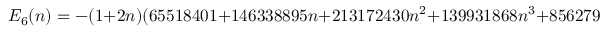
E _ { 6 } ( n ) = - ( 1 + 2 n ) ( 6 5 5 1 8 4 0 1 + 1 4 6 3 3 8 8 9 5 n + 2 1 3 1 7 2 4 3 0 n ^ { 2 } + 1 3 9 9 3 1 8 6 8 n ^ { 3 } + 8 5 6 2 7 9 2 9 n ^ { 4 }